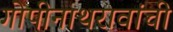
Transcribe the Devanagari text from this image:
गोपीनाथरावांची